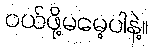
ဝယ်ဖို့မမေ့ပါနဲ့။